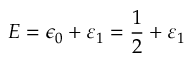
E = \epsilon _ { 0 } + \varepsilon _ { 1 } = \frac { 1 } { 2 } + \varepsilon _ { 1 }